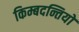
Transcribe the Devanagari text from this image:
किम्बदन्तियों